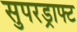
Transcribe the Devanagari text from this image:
सुपरड्राफ्ट